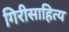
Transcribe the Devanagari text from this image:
गिरीसाहित्य